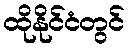
ထိုနိုင်ငံတွင်